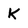
Character: K